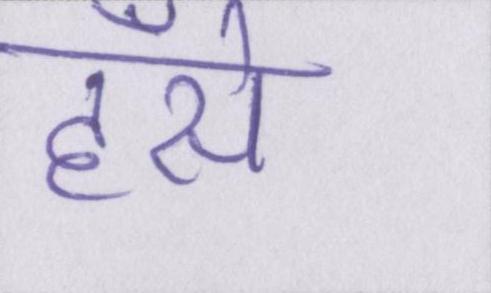
हँसे